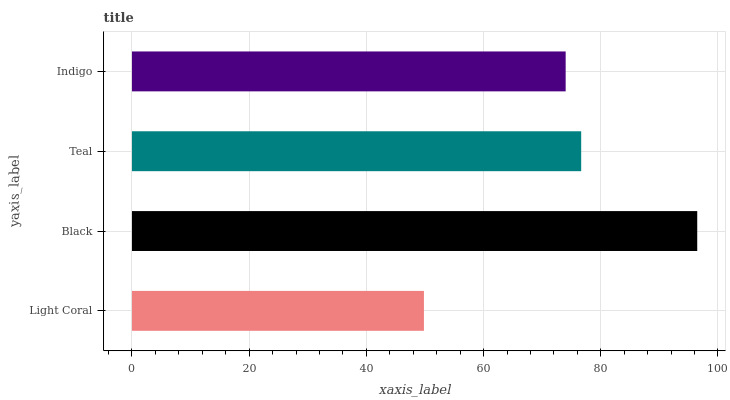
| yaxis_label | bars |
 | --- | --- |
 | Light Coral | 49.8 |
 | Black | 96.5 |
 | Teal | 76.7 |
 | Indigo | 74 |